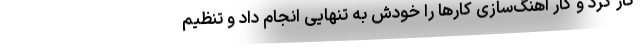
کار کرد و کار آهنگ‌سازی کارها را خودش به تنهایی انجام داد و تنظیم